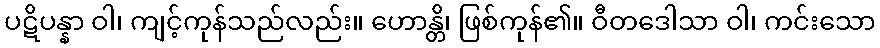
ပဋိပန္နာ ဝါ၊ ကျင့်ကုန်သည်လည်း။ ဟောန္တိ၊ ဖြစ်ကုန်၏။ ဝီတဒေါသာ ဝါ၊ ကင်းသော